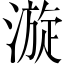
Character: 漩